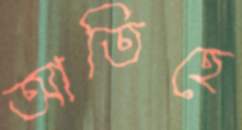
আতিহে